Mental hospitals Bombay report 1929-33 - 1929-1933
Year: 1929
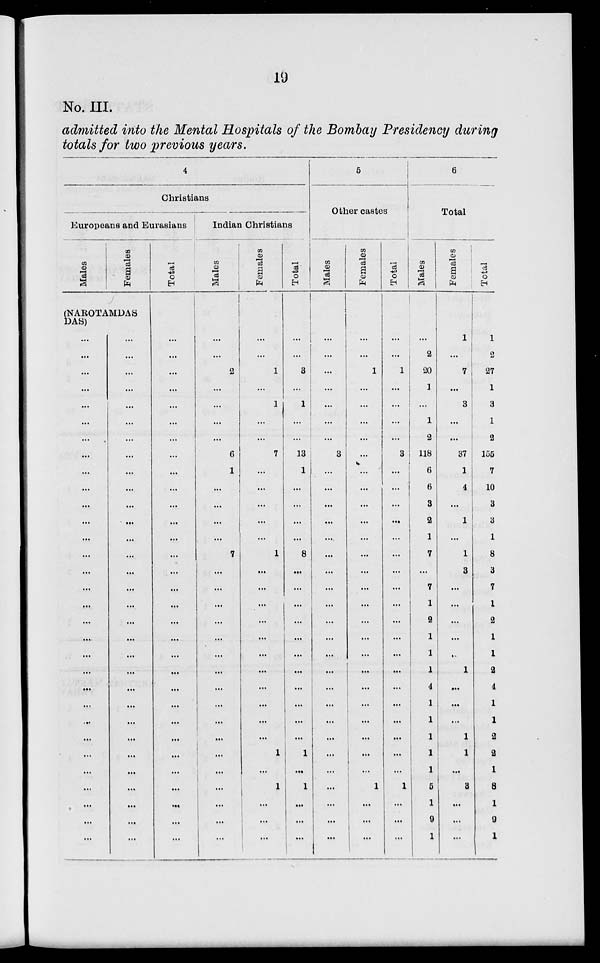
19
No. III.
admitted into the Mental Hospitals of the Bombay Presidency during
totals for two previous years.
4
Christians
Europeans and Eurasians
Males
Females
(NAROTAMDAS
DAS)
...
...
...
...
...
...
...
...
...
...
...
...
...
...
...
...
...
...
...
...
...
...
...
...
...
...
...
...
...
...
...
...
...
...
...
...
...
...
...
...
...
...
...
...
...
...
...
...
...
...
...
...
...
...
...
...
...
...
...
...
...
...
Total
...
...
...
...
...
...
...
...
...
...
...
...
...
...
...
...
...
...
...
...
...
...
...
...
...
...
...
...
...
...
Indian Christians
Males
...
...
2
...
...
...
...
6
1
...
...
...
...
7
...
...
...
...
...
...
...
...
...
...
...
...
...
...
...
...
...
Females
...
...
1
...
1
...
...
7
...
...
...
...
...
1
...
...
...
...
...
...
...
...
...
...
...
1
...
1
...
...
...
Total
...
...
3
...
1
...
...
13
1
...
...
...
...
8
...
...
...
...
...
...
...
...
...
...
...
1
...
1
...
...
...
5
Other castes
Males
...
...
...
...
...
...
...
3
...
...
...
...
...
...
...
...
...
...
...
...
...
...
...
...
...
...
...
...
...
...
...
Females
...
...
1
...
...
...
...
...
...
...
...
...
...
...
...
...
...
...
...
...
...
...
...
...
...
...
...
1
...
...
...
Total
...
...
1
...
...
...
...
3
...
...
...
...
...
...
...
...
...
...
...
...
...
...
...
...
...
...
...
1
...
...
...
6
Total
Males
...
2
20
1
...
1
2
118
6
6
3
2
1
7
...
7
1
2
1
1
1
4
1
1
1
1
1
5
1
9
1
Females
1
...
7
...
3
...
...
37
1
4
...
1
...
1
3
...
...
...
...
...
1
...
...
...
1
1
...
3
...
...
...
Total
1
2
27
1
3
1
2
155
7
10
3
3
1
8
3
7
1
2
1
1
2
4
1
1
2
2
1
8
1
9
1